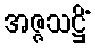
အဇ္ဇသဋ္ဌိံ